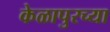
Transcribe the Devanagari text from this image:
केळापुरच्या